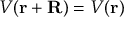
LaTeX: V ( \mathbf { r + R } ) = V ( \mathbf { r } )